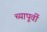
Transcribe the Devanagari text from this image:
च्यापूर्वी